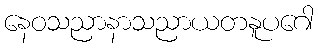
နေဝသညာနာသညာယတနူပဂေါ